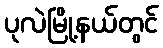
ပုလဲမြို့နယ်တွင်